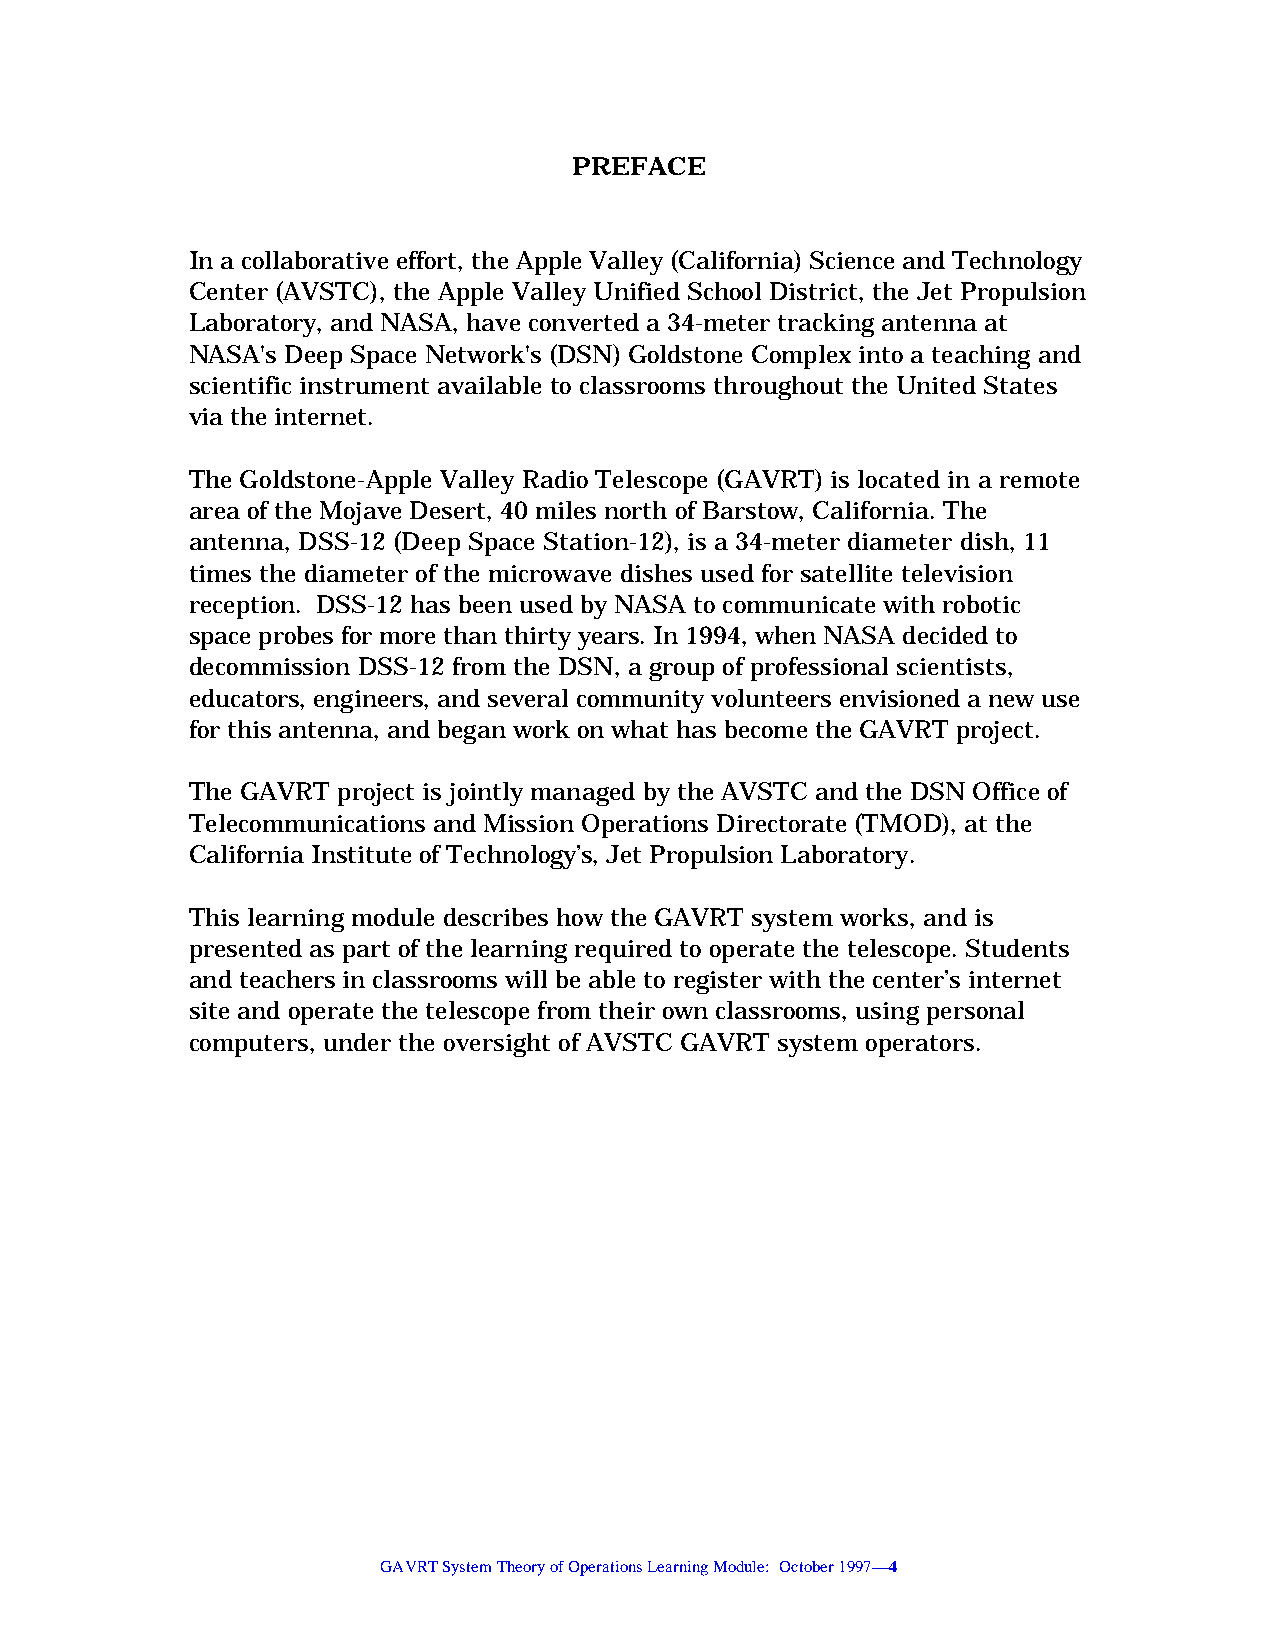
PREFACE
 In a collaborative effort, the Apple Valley (California) Science and Technology
 Center (AVSTC), the Apple Valley Unified School District, the Jet Propulsion
 Laboratory, and NASA, have converted a 34-meter tracking antenna at
 NASA's Deep Space Network's (DSN) Goldstone Complex into a teaching and
 scientific instrument available to classrooms throughout the United States
 via the internet.
 The Goldstone-Apple Valley Radio Telescope (GAVRT) is located in a remote
 area of the Mojave Desert, 40 miles north of Barstow, California. The
 antenna, DSS-12 (Deep Space Station-12), is a 34-meter diameter dish, 11
 times the diameter of the microwave dishes used for satellite television
 reception. DSS-12 has been used by NASA to communicate with robotic
 space probes for more than thirty years. In 1994, when NASA decided to
 decommission DSS-12 from the DSN, a group of professional scientists,
 educators, engineers, and several community volunteers envisioned a new use
 for this antenna, and began work on what has become the GAVRT project.
 The GAVRT project is jointly managed by the AVSTC and the DSN Office of
 Telecommunications and Mission Operations Directorate (TMOD), at the
 California Institute of Technology’s, Jet Propulsion Laboratory.
 This learning module describes how the GAVRT system works, and is
 presented as part of the learning required to operate the telescope. Students
 and teachers in classrooms will be able to register with the center’s internet
 site and operate the telescope from their own classrooms, using personal
 computers, under the oversight of AVSTC GAVRT system operators.
 GAVRT System Theory of Operations Learning Module: October 1997—4